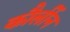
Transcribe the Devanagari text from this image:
कौर्लीन